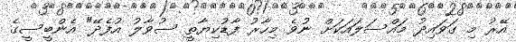
އޭރު މި ގަވައިދު މައްސަލައަކަށް ނުވެ މިހާރު ފާޑުކިޔާތީ ސުވާލު އުފެދޭ" އެންބީސީގެ